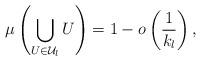
LaTeX: \begin{align*}\mu\left(\bigcup_{U\in\mathcal U_l} U\right) = 1- o\left(\frac1{k_l}\right),\end{align*}